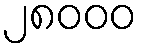
၂၈၀၀၀